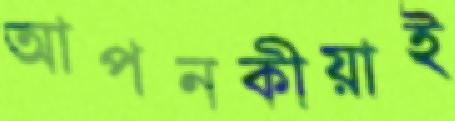
আপনকীয়াই